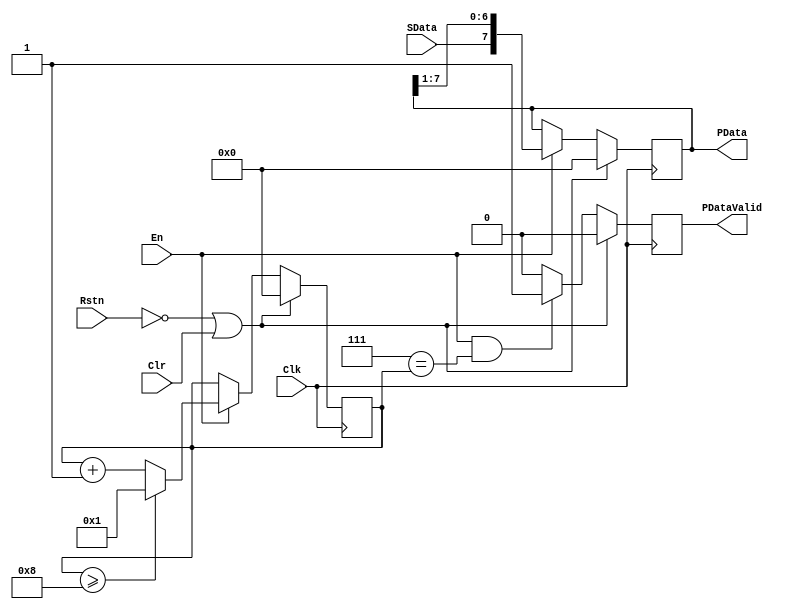
// verilog_format: off
`resetall
`timescale 1ns / 1ps
`default_nettype none
// verilog_format: on

module HDLC_RX_SHIFT #(
    parameter integer WIDTH = 8
) (
    input  wire               Clk,        // clock
    input  wire               Rstn,       // low active reset
    input  wire               Clr,        // high active
    input  wire               En,         // enable shift
    input  wire               SData,      // serial data input
    output wire [(WIDTH-1):0] PData,      // parallel data output
    output wire               PDataValid  // parallel data valid
);

    reg               done;
    reg [(WIDTH-1):0] shift_reg;
    reg [(WIDTH-1):0] cnt;

    always @(posedge Clk) begin
        if ((!Rstn) || Clr) begin
            shift_reg <= 8'h00;
        end else if (En) begin
            shift_reg <= {SData, shift_reg[(WIDTH-1):1]};
        end
    end

    always @(posedge Clk) begin
        if ((!Rstn) || Clr) begin
            cnt <= 0;
        end else if (En) begin
            if (cnt >= WIDTH) begin
                cnt <= 1;
            end else begin
                cnt <= cnt + 1;
            end
        end
    end

    always @(posedge Clk) begin
        if ((!Rstn) || Clr) begin
            done <= 1'b0;
        end else if (En && ((WIDTH - 1) == cnt)) begin
            done <= 1'b1;
        end else done <= 1'b0;
    end

    assign PDataValid = done;
    assign PData      = shift_reg;
endmodule

// verilog_format: off
`resetall
// verilog_format: on